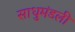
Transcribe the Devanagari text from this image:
साधुमंडली